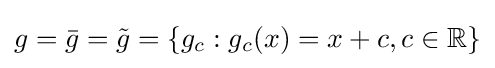
g={\bar {g}}={\tilde {g}}=\{g_{c}:g_{c}(x)=x+c,c\in \mathbb {R} \}